Newspaper: The Kimball graphic.
Place of publication: Kimball, Brule County, Dakota [S.D.]
Publisher: Kimball Pub. Co.
Date: 1885-07-31 00:00:00
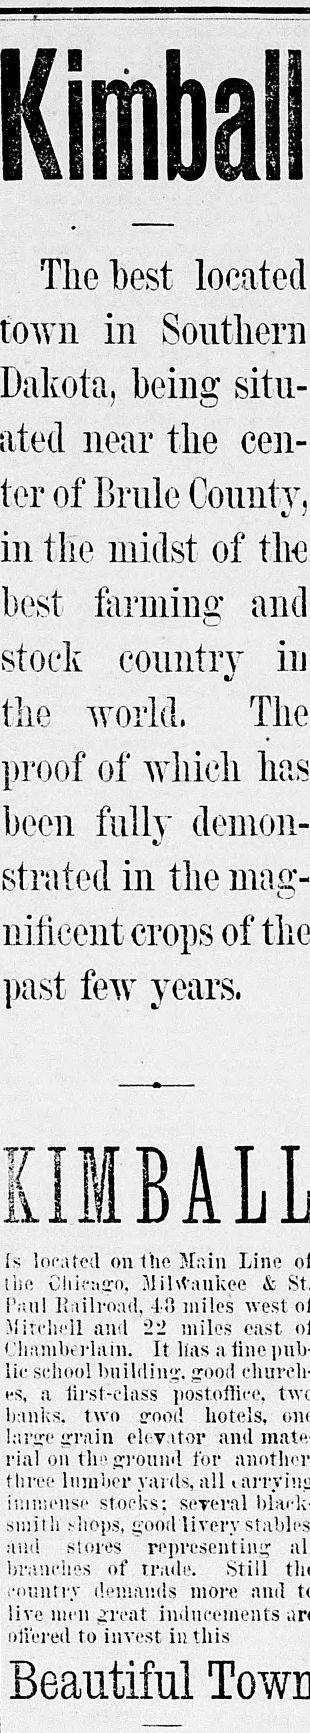
Advertisement text (OCR):
The best located in Southern Dakota, being situ near the cen ter of Brule in the midst of tli3 best farming and country in the world, The proof of which been fully strafed in the nificent crops of past few years. Is located onthoMnin Lino I in! .Milwaukee & hull liailroatl. 1! miles west Mirclifll and "22 miles oast I'liaiultt rlain. It lias a line lic school building, jooil t*s, a lirsl-class iiost.ollicc. banks, two irood hotels, Inrjre irrain oh-y.itor and rial oil th" ffi'ound for three lumber yards, all ir.imensi- stocks: screral sinith !iops, good livery and si ores representing branches of Trade. Still country demands more and live men ^rcat inducements offered to invest in this Beautiful
Label: text-only